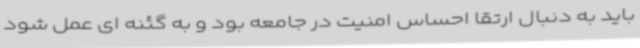
باید به دنبال ارتقا احساس امنیت در جامعه بود و به گئنه ای عمل شود